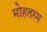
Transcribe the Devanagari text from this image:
मोहतरम